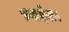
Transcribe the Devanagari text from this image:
स्पाईशर